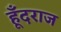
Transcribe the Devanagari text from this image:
हूँदराज